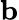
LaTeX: \textit{\textbf{b}}